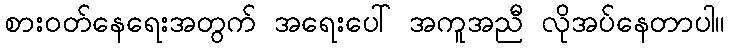
စားဝတ်နေရေးအတွက် အရေးပေါ် အကူအညီ လိုအပ်နေတာပါ။